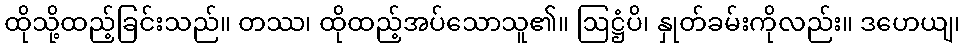
ထိုသို့ထည့်ခြင်းသည်။ တဿ၊ ထိုထည့်အပ်သောသူ၏။ ဩဋ္ဌံပိ၊ နှုတ်ခမ်းကိုလည်း။ ဒဟေယျ၊